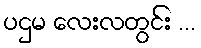
ပဌမ လေးလတွင်း ...